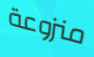
منزوعة